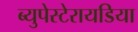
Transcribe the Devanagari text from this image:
ब्युपेस्टेरायडिया